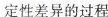
定性差异的过程